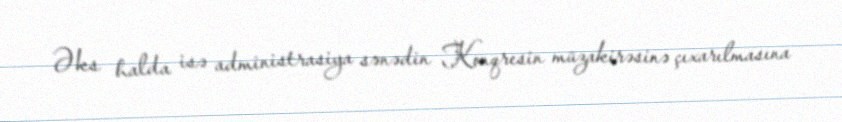
Əks halda isə administrasiya sənədin Konqresin müzakirəsinə çıxarılmasına